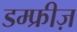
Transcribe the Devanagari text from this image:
डम्फ्रीज़